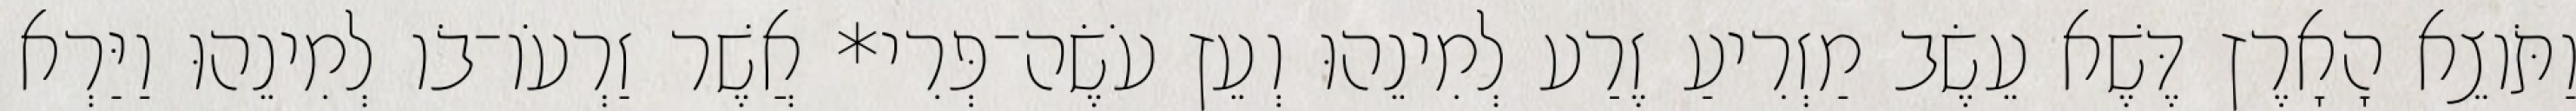
וַתֹּוצֵא הָאָרֶץ דֶּשֶׁא עֵשֶׂב מַזְרִיעַ זֶרַע לְמִינֵהוּ וְעֵץ עֹשֶׂה־פְּרִי* אֲשֶׁר זַרְעֹו־בֹו לְמִינֵהוּ וַיַּרְא